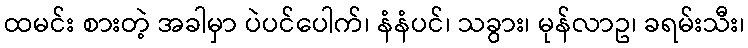
ထမင်း စားတဲ့ အခါမှာ ပဲပင်ပေါက်၊ နံနံပင်၊ သခွား၊ မုန်လာဥ၊ ခရမ်းသီး၊